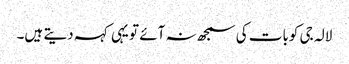
لالہ جی کوبات کی سمجھ نہ آئے تو یہی کہہ دیتے ہیں۔